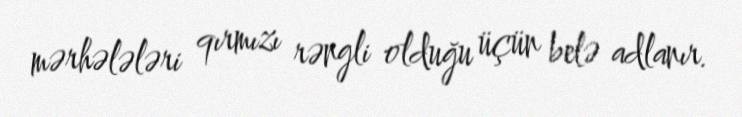
mərhələləri qırmızı rəngli olduğu üçün belə adlanır.